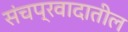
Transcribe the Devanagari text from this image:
संचप्रवादातील